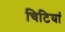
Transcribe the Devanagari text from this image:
चिटियां